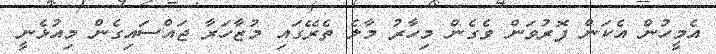
އެމީހުން އެކަން ފޮރުވަން ވެގެން މިހާރު މާލެ ތެރޭގައި މުޒާހަރާ ޖައްސައިގެން މިއުޅެނީ